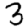
Digit: 3